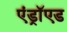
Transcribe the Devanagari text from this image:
एंड्राॅएड